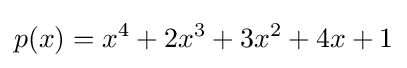
p(x)=x^{4}+2x^{3}+3x^{2}+4x+1